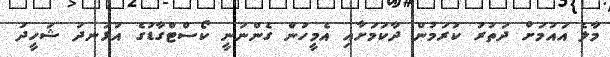
މާލެ އައުމަށް ދަތުރު ކުރަމުން ދާކަމަށާއި އެމީހުން ގެންނަނީ ކޯސްޓްގާޑުގެ އުޅަނދު ޝަހީދު